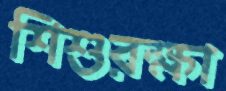
শিশুরক্ষা